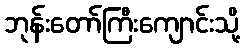
ဘုန်းတော်ကြီးကျောင်းသို့